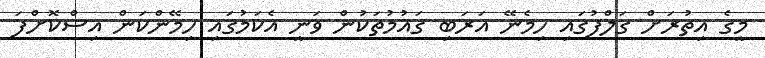
މީގެ އިތުރަށް ގަލްފުގައި ހިމެނޭ އަރަބި ގައުމުތަކުން ވަނީ އެކަމުގައި ހިމޭންކަން އިސްކޮށްފަ